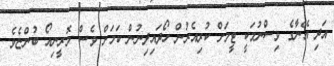
އަދި އޭނާގެ ވިސްނުމަކީ ޓީމަށް ކުރިއެރުން ހޯދައިދިނުން ކަމަށް ވެސް މޮރީނިއޯ ބުންޏެވެ.